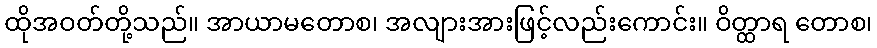
ထိုအဝတ်တို့သည်။ အာယာမတောစ၊ အလျားအားဖြင့်လည်းကောင်း။ ဝိတ္ထာရ တောစ၊